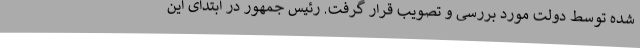
شده توسط دولت مورد بررسی و تصویب قرار گرفت. رئیس جمهور در ابتدای این